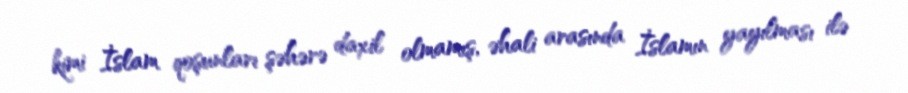
kimi İslam qoşunları şəhərə daxil olmamış, əhali arasında İslamın yayılması ilə